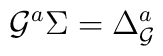
{\cal G}^{a} \Sigma = \Delta^{a}_{\cal G}